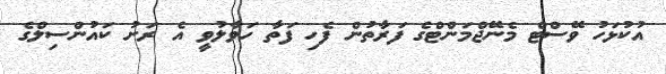
އުކުޅަހު ވޭސްޓް މެނޭޖްމަންޓްގެ ފަރާތުން ފެހި ފަތާ ހަވާލުވީ އެ ރަށު ކައުންސިލްގެ